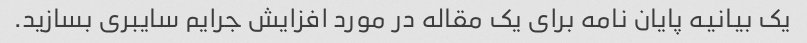
یک بیانیه پایان نامه برای یک مقاله در مورد افزایش جرایم سایبری بسازید.